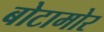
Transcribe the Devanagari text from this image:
बोटामोर